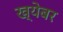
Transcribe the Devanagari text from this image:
ख्येबर